Vaccination in the Punjab 1867-1880 - 1867-1880
Year: 1867
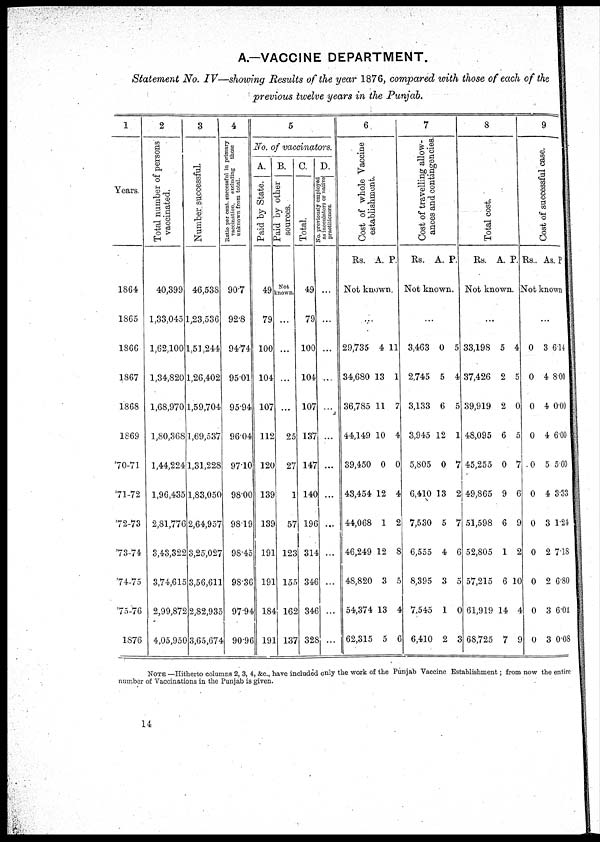
A.—VACCINE DEPARTMENT.
Statement No. IV—showing Results of the year 1876, compared with those of each of the
previous twelve years in the Punjab.
1
Years.
1864
1865
1866
1867
1868
1869
70-71
71-72
72-73
73-74
74-75
75-76
1876
2
Total number of persons
vaccinated.
40,399
1,33,045
1,62,100
1,34,820
1,68,970
1,80,368
1,44,224
1,96,435
2,81,776
3,43,322
3,74,615
2,99,872
4,05,950
3
Number successful.
46,538
1,23,536
1,51,244
1,26,402
1,59,704
1,69,537
1,31,228
1,83,050
2,64,957
3,25,027
3,56,611
2,82,935
3,65,674
4
Ratio per cent. successful in primary
vaccination,
excluding
those
unknown from total.
90.7
92.8
94.74
95.01
95.94
96.04
97.10
98.00
98.19
98.45
98.36
97.94
90.96
5
No. of vaccinators.
A.
Paid by State.
49
79
100
104
107
112
120
139
139
191
191
184
191
B.
Paid by other
sources.
Not
known.
...
...
...
...
25
27
1
57
123
155
162
137
C.
Total.
49
79
100
104
107
137
147
140
196
314
346
346
328
D.
No previously employed
as inoculators or native
practitioners.
...
...
...
...
...
...
...
...
...
...
...
...
...
6
Cost of whole Vaccine
establishment.
Rs. A. P.
Not known.
...
29,735
34,680
36,785
44,149
39,450
43,454
44,068
46,249
48,820
54,374
62,315
4
13
11
10
0
12
1
12
3
13
5
11
1
7
4
0
4
2
8
5
4
6
7
Cost of travelling allow-
ances and contingencies.
Rs. A. P.
Not known.
...
3,463
2,745
3,133
3,945
5,805
6,410
7,530
6,555
8,395
7,545
6,410
0
5
6
12
0
13
5
4
3
1
2
5
4
5
1
7
2
7
6
5
0
3
8
Total cost.
Rs. A. P.
Not known.
...
33,198
37,426
39,919
48,095
45,255
49,865
51,598
52,805
57,215
61,919
68,725
5
2
2
6
0
9
6
1
6
14
7
4
5
0
5
7
6
9
2
10
4
9
9
Cost of successful case.
Rs. As. P.
Not known
...
0
0
0
0
0
0
0
0
0
0
0
3
4
4
4
5
4
3
2
2
3
3
6.14
8.00
0.00
6.00
5.60
3.33
1.24
7.18
6.80
6.01
0.08
NOTE —Hitherto columns 2, 3, 4, &c., have included only the work of the Punjab Vaccine Establishment; from now the entire
number of Vaccinations in the Punjab is given.
14